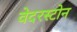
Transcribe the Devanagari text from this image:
वेदरस्‍टोन